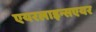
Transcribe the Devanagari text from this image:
एयरलाइन्सएयर